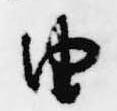
由